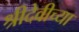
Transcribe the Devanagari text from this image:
श्रीदेवीच्या